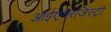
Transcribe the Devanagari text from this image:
आईएनरजिस्ट्री